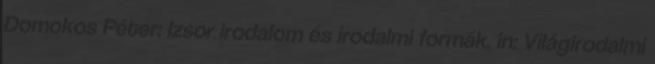
Domokos Péter: Izsor irodalom és irodalmi formák. in: Világirodalmi